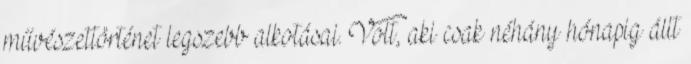
művészettörténet legszebb alkotásai. Volt, aki csak néhány hónapig állt